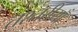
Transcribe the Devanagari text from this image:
तश्तरीयाँ